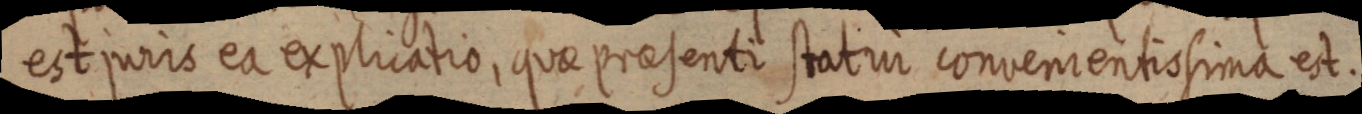
est juris ea explicatio, quae praesenti statui convenientisima est.